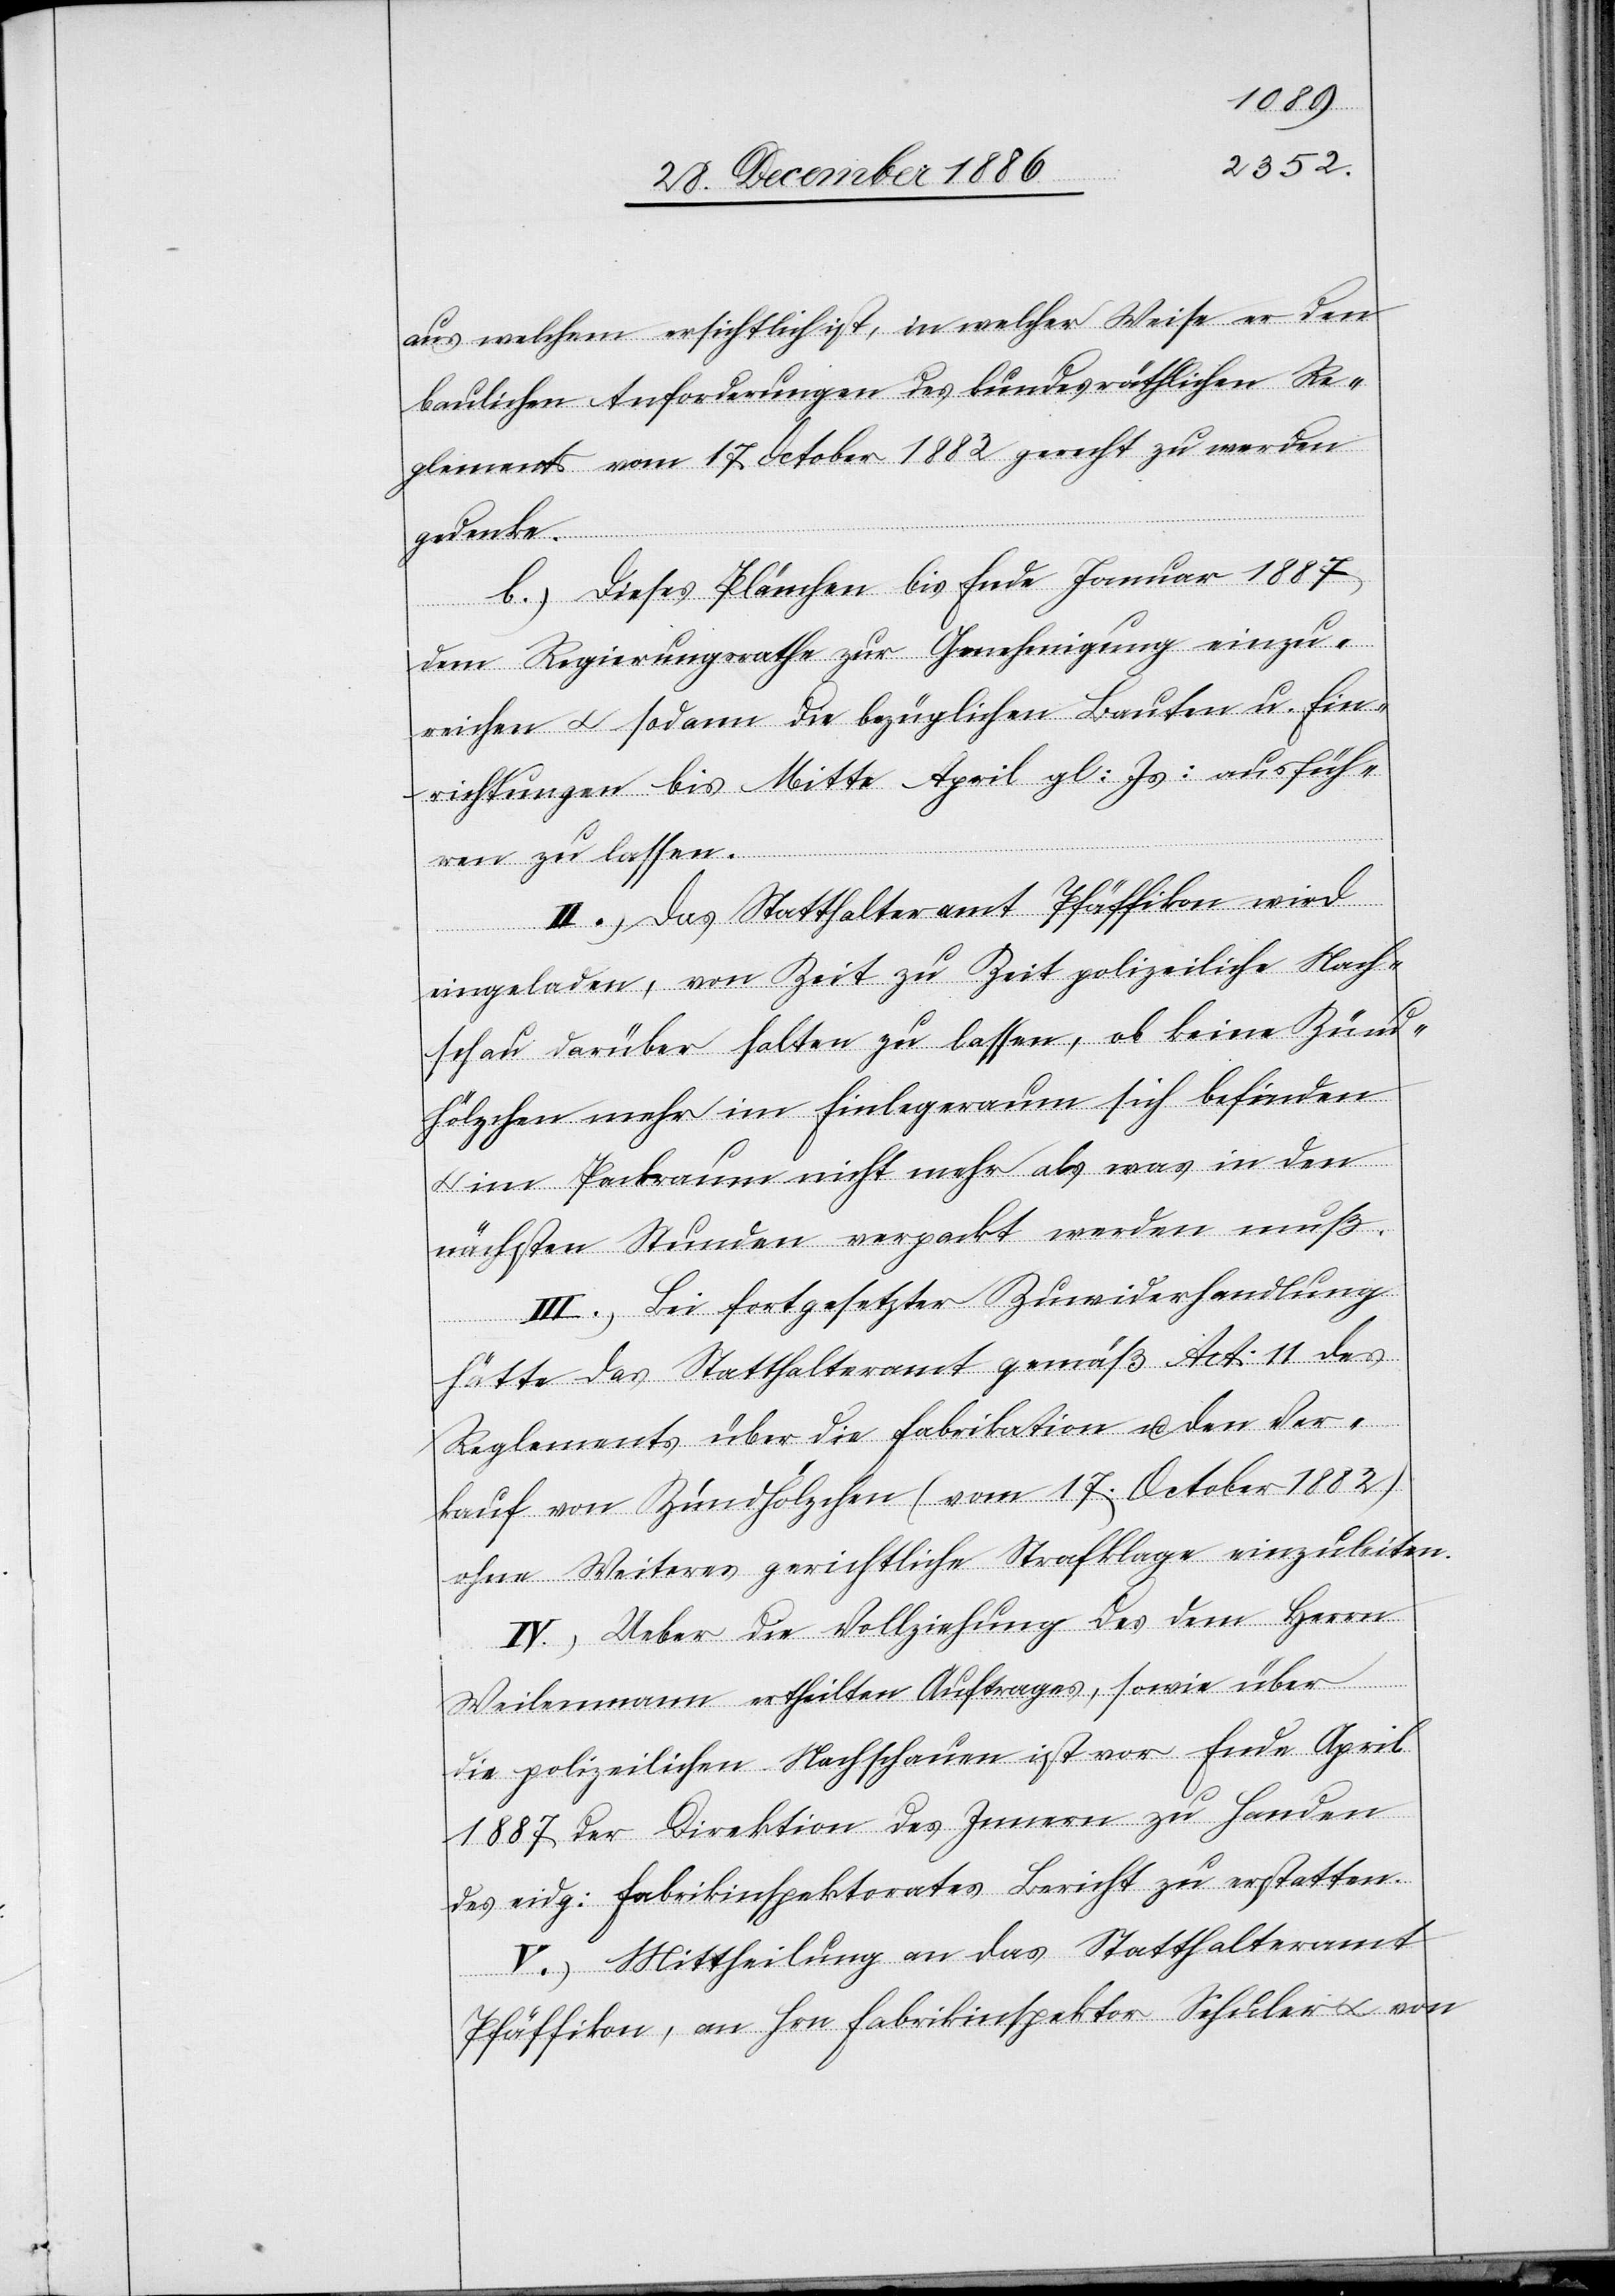
aus welchem ersichtlich ist, in welcher Weise er den
baulichen Anforderungen des bundesräthlichen Re¬
glements vom 17. October 1882 gerecht zu werden
gedenke.
b.) Dieses Plänchen bis Ende Januar 1887
dem Regierungsrathe zur Genehmigung einzu¬
reichen & sodann die bezüglichen Bauten u. Ein¬
richtungen bis Mitte April gl: Js: ausfüh¬
ren zu lassen.
II.) Das Statthalteramt Pfäffikon wird
eingeladen, von Zeit zu Zeit polizeiliche Nach¬
schau darüber halten zu lassen, ob keine Zünd¬
hölzchen mehr im Einlegeraum sich befinden
im Packraum nicht mehr als was in den
nächsten Stunden verpackt werden muß.
III.) Bei fortgesetzter Zuwiderhandlung
hätte das Statthalteramt gemäß Art: 11 des
Reglements über die Fabrikation u. den Ver¬
kauf von Zündhölzchen (vom 17. October 1882)
ohne Weiteres gerichtliche Strafklage einzuleiten.
IV.) Ueber die Vollziehung des dem Herrn
Weilenmann ertheilten Auftrages, sowie über
die polizeilichen Nachschauen ist vor Ende April
1887 der Direktion des Innern zu Handen
des eidg: Fabrikinspektorates Bericht zu erstatten.
V.) Mittheilung an das Statthalteramt
Pfäffikon, an Hrn. Fabrikinspektor Schuler & von